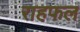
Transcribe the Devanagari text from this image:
राहफल